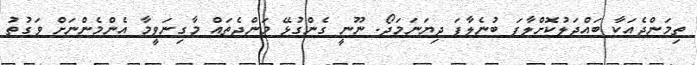
ތިމަންޖެއަކާ ބައްދަލުކޮށްލާފަ ބުނެލާފަ ދިޔަނަމަދޯ. ނޫނީ ގެންގުޅޭ މަންޖެތައް މާގިނަވީމާ އެންމެންނަށް ވަގުތު